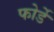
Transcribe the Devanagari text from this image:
फोर्डे